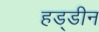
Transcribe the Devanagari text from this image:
हड्डीन